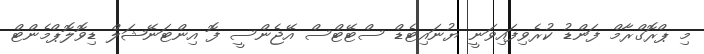
މި ޕްރޮގްރާމް ފަންޑު ކުރެވިފައިވަނީ ޔުނައިޓެޑް ސްޓޭޓްސް އޭޖެންސީ ފޮ އިންޓަނޭޝަލް ޑިވޮލޮޕްމެންޓް